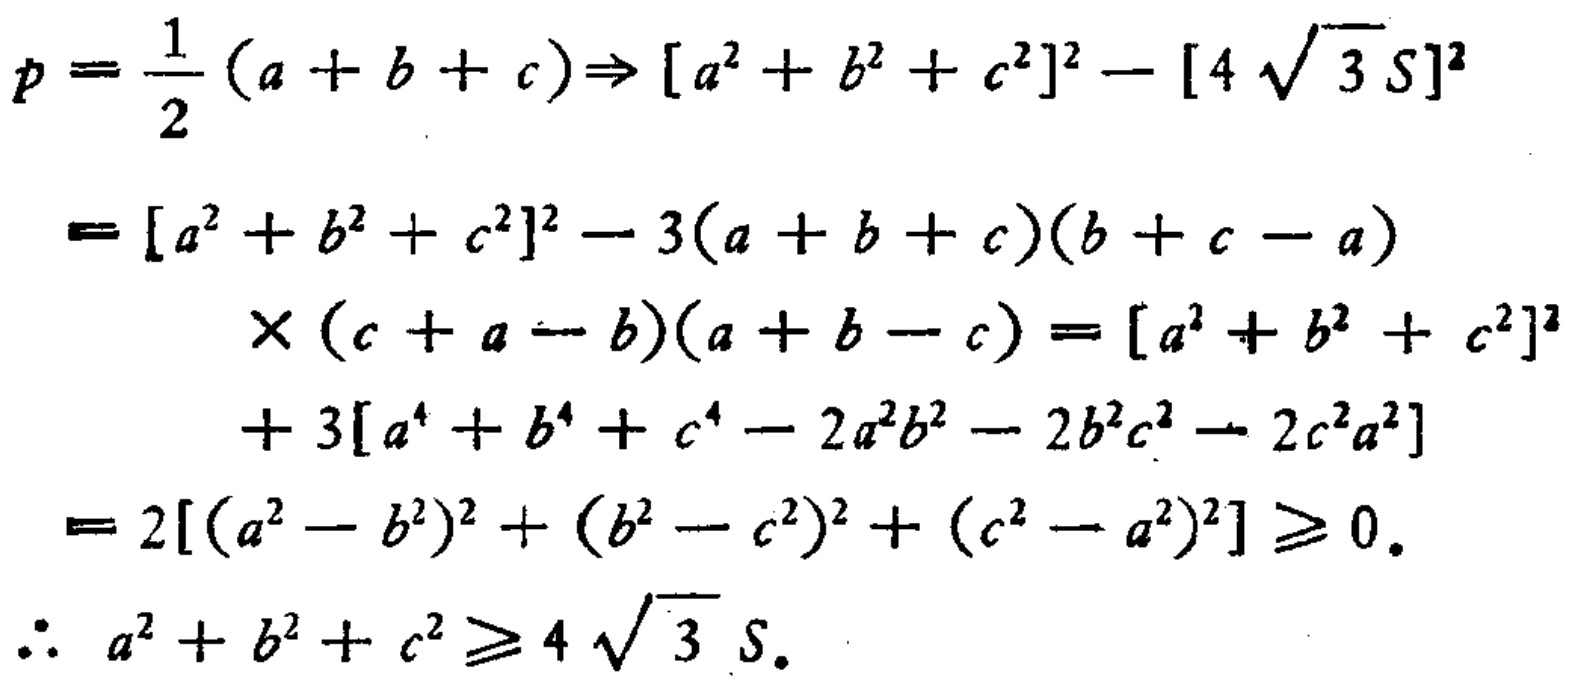
\[

\begin{align*}

p&=\frac{1}{2}(a + b + c)\Rightarrow [a^{2}+b^{2}+c^{2}]^{2}-[4\sqrt{3}S]^{2}\\

&=[a^{2}+b^{2}+c^{2}]^{2}-3(a + b + c)(b + c - a)\\

&\quad\times(c + a - b)(a + b - c)=[a^{2}+b^{2}+c^{2}]^{2}\\

&\quad+3[a^{4}+b^{4}+c^{4}-2a^{2}b^{2}-2b^{2}c^{2}-2c^{2}a^{2}]\\

&=2[(a^{2}-b^{2})^{2}+(b^{2}-c^{2})^{2}+(c^{2}-a^{2})^{2}]\geq0.\\

\therefore\quad a^{2}+b^{2}+c^{2}&\geq4\sqrt{3}S.

\end{align*}

\]